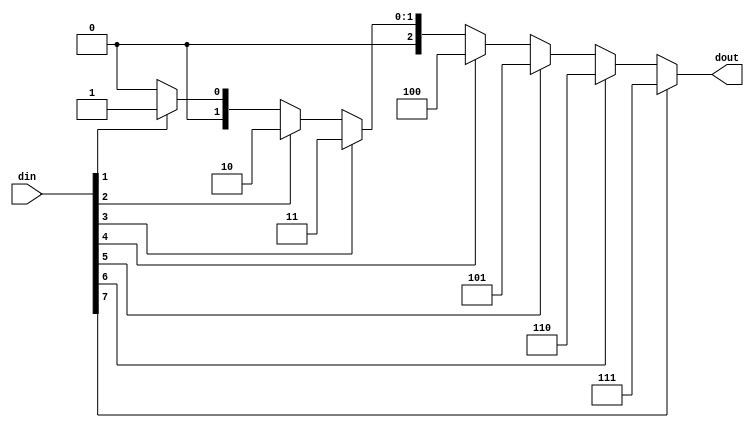
module code_83(din, dout);
input[7:0] din;
output[2:0] dout;
function[2:0] code;    //
input[7:0] din;    //
if(din[7])      code= 3'd7;
else if(din[6])    code= 3'd6;
else if(din[5])    code= 3'd5;
else if(din[4])    code= 3'd4;
else if(din[3])    code= 3'd3;
else if(din[2])    code= 3'd2;
else if(din[1])    code= 3'd1;
else          code= 3'd0;
endfunction
assign    dout = code(din);//
endmodule